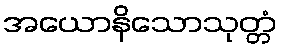
အယောနိသောသုတ္တံ